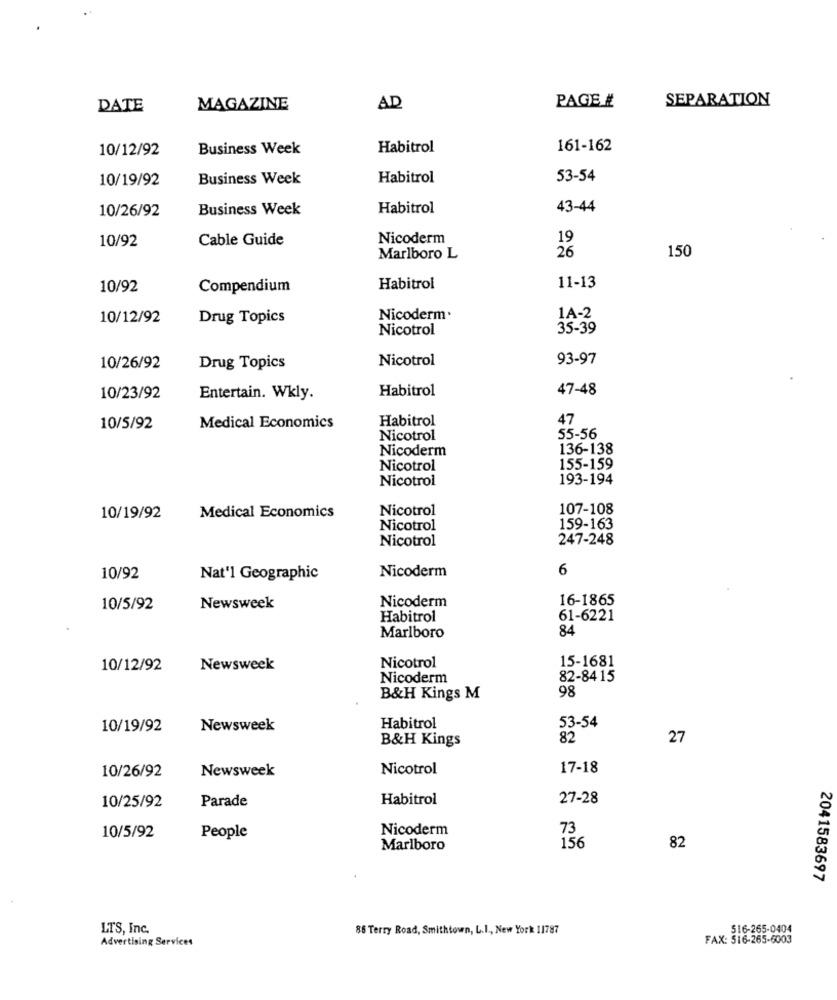
SEPARATION
DATE
MAGAZINE
AD
PAGE #
10/12/92
Business Week
Habitrol
161-162
10/19/92
Business Week
Habitrol
53-54
Business Week
Habitrol
43-44
10/26/92
Cable Guide
Nicoderm
19
10/92
26
150
Marlboro L
10/92
Compendium
Habitrol
11-13
10/12/92
Drug Topics
Nicoderm.
1A-2
Nicotrol
35-39
Nicotrol
93-97
10/26/92
Drug Topics
Habitrol
47-48
10/23/92
Entertain. Wkly.
Habitrol
47
10/5/92
Medical Economics
55-56
Nicotrol
Nicoderm
136-138
Nicotrol
155-159
Nicotrol
193-194
Nicotrol
107-108
10/19/92
Medical Economics
Nicotrol
159-163
Nicotrol
247-248
Nicoderm
6
10/92
Nat'l Geographic
Nicoderm
16-1865
10/5/92
Newsweek
Habitrol
61-6221
84
Marlboro
15-1681
10/12/92
Newsweek
Nicotrol
Nicoderm
82-84 15
98
B&H Kings M
10/19/92
Newsweek
Habitrol
53-54
B&H Kings
82
27
Nicotrol
17-18
10/26/92
Newsweek
Habitrol
27-28
10/25/92
Parade
Nicoderm
73
10/5/92
People
156
82
Marlboro
2041583697
LTS, Inc.
85 Terry Road, Smithtown, L.1 ., New York 11787
516-265-0404
Advertising Services
FAX: 516-265-6003